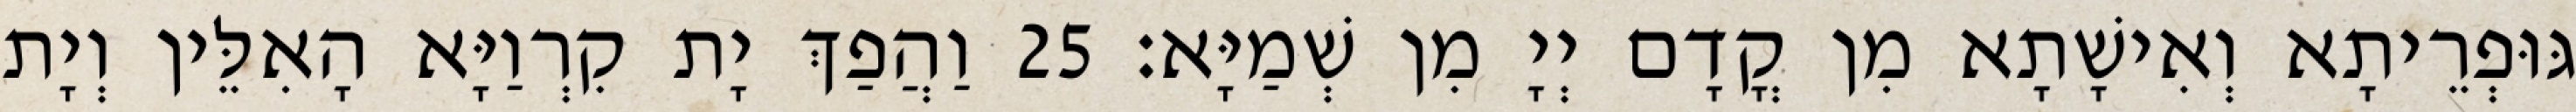
גּוּפְרֵיתָא וְאִישָׁתָא מִן קֳדָם יְיָ מִן שְׁמַיָּא׃ 25 וַהֲפַךְ יָת קִרְוַיָּא הָאִלֵּין וְיָת